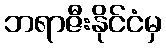
ဘရာဇီးနိုင်ငံမှ